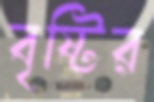
বৃষ্টির